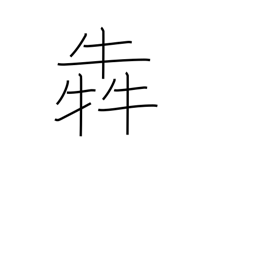
Meaning: clamour